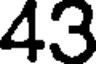
43